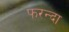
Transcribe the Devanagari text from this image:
फरन्दा